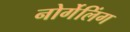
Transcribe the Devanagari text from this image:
नोर्गेलिंग